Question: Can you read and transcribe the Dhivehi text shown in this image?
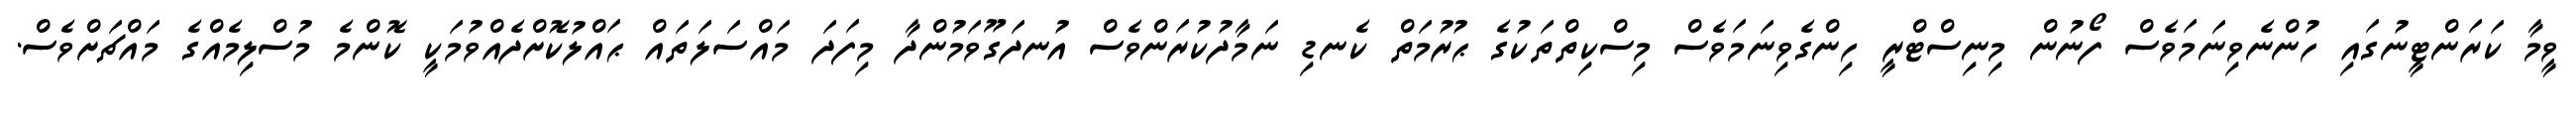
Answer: ވީމާ ކަރަންޓީނުގައި ހުންނެވިނަމަވެސް ފޯނުން މިނިސްޓްރީ ހިންގެވިނަމަވެސް މިސްކިތްތަކުގެ ޙުރުމަތް ކެނޑި ނަމާދުކުރަންވެސް އުނދަގޫވަމުންދާ މިފަދަ މައްސަލަތައް ޙައްލުކޮށްދެއްވުމަކީ ކޮންމެ މުސްލިމެއްގެ މައްޗަށްވެސް.